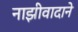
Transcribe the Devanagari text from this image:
नाझीवादाने